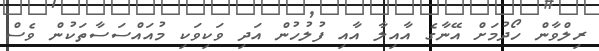
ރިލްވާން ހޯދުމަށް އޭނާގެ އާއިލާ އާއި ފުލުހުން އަދި ވަކިވަކި މުއައްސަސާތަކުން ވެސް